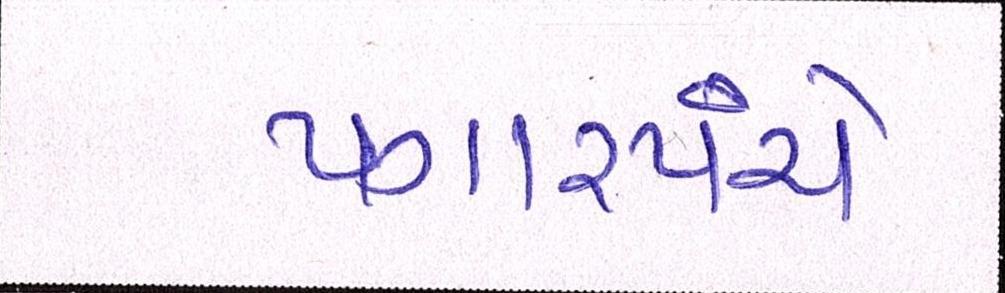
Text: પગારપંચે